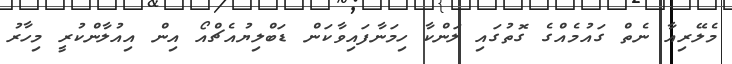
މެލޭރިއާ ނެތް ގައުމެއްގެ ގޮތުގައި ލަންކާ ހިމަނާފައިވާކަން ޑަބްލިޔުއެޗްއޯ އިން އިއުލާންކުރީ މިހާރު